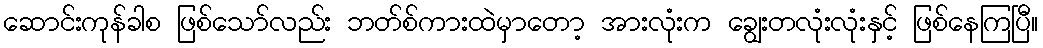
ဆောင်းကုန်ခါစ ဖြစ်သော်လည်း ဘတ်စ်ကားထဲမှာတော့ အားလုံးက ချွေးတလုံးလုံးနှင့် ဖြစ်နေကြပြီ။